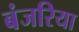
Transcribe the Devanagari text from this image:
बंजरिया